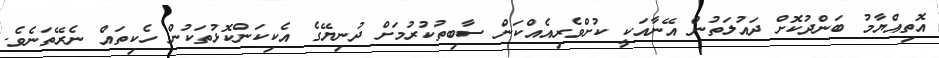
އޮތިއްޔާމު ބަންދުކޮށް ދައުލަތުން އޭނާއަކީ ކުށްވެރިއެއްކަން ސާބިތުކުރުމަށް ދުނިޔޭގެ އެކިކަންކޮޅުތަކުން ހެކިތައް ނެރޭތަނެވެ.